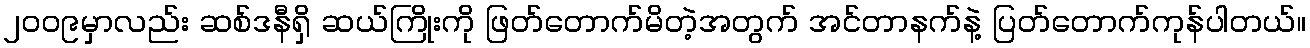
၂၀၀၉မှာလည်း ဆစ်ဒနီရှိ ဆယ်ကြိုးကို ဖြတ်တောက်မိတဲ့အတွက် အင်တာနက်နဲ့ ပြတ်တောက်ကုန်ပါတယ်။